Black-water fever - Number 35
Disease focus: Fever
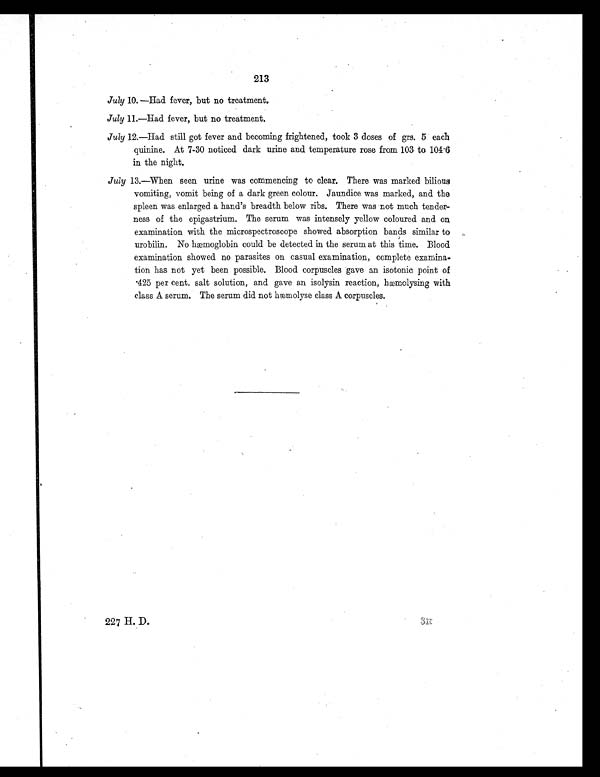
213
July 10.—Had fever, but no treatment.
July 11.—Had fever, but no treatment.
July 12.—Had still got fever and becoming frightened, took 3 doses of grs. 5 each
quinine. At 7-30 noticed dark urine and temperature rose from 103 to 104.6
in the night.
July 13.—When seen urine was commencing to clear. There was marked bilious
vomiting, vomit being of a dark green colour. Jaundice was marked, and the
spleen was enlarged a hand's breadth below ribs. There was not much tender
- n e s s o f t h e e p i g a s t r i u m . T h e s e r u m w a s i n t e n s e l y y e l l o w c o l o u r e d a n d o n
examination with the microspectroscope showed absorption bands similar to
urobilin. No hemoglobin could be detected in the serum at this time. Blood
examination showed no parasites on casual examination, complete examina
- t i o n h a s n o t y e t b e e n p o s s i b l e . B l o o d c o r p u s c l e s g a v e a n i s o t o n i c p o i n t o f
.425 per cent. salt solution, and gave an isolysin reaction, hæmolysing with
class A serum. The serum did not hæmolyse class A corpuscles.
227 H. D.